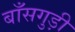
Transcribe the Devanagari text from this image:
बाँसगुड़ी